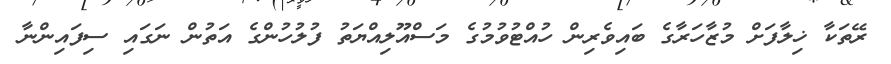
ރޭތަކާ ޚިލާފަށް މުޒާހަރާގެ ބައިވެރިން ހުއްޓުވުމުގެ މަސްއޫލިއްޔަތު ފުލުހުންގެ އަތުން ނަގައި ސިފައިންނާ